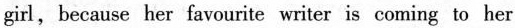
girl,because her favourite writer is coming to her